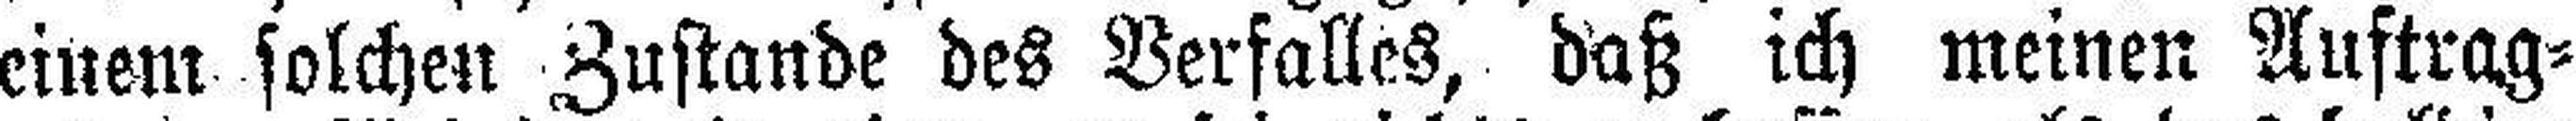
einem solchen Zustande des Verfalles, daß ich meinen Auftrag¬